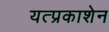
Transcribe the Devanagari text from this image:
यत्प्रकाशेन